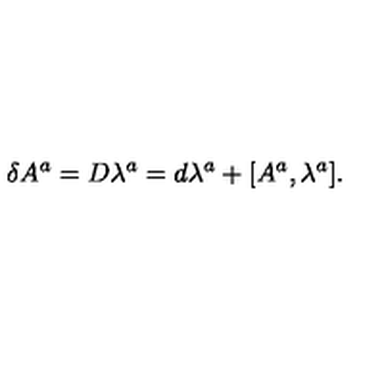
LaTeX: \delta A ^ { a } = D \lambda ^ { a } = d \lambda ^ { a } + [ A ^ { a } , \lambda ^ { a } ] .